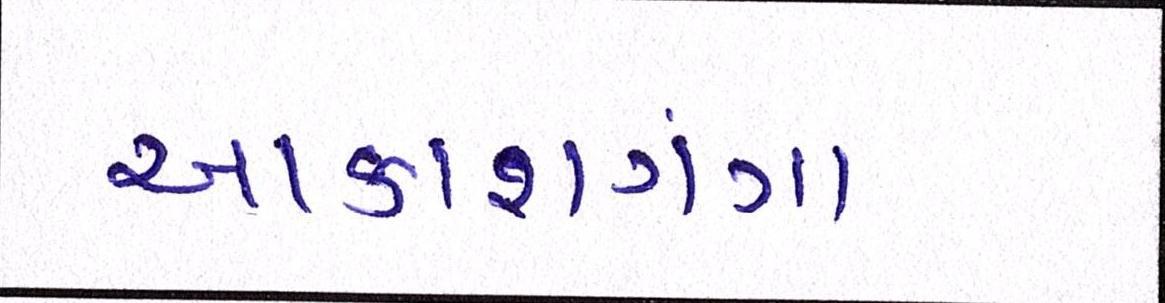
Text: આકાશગંગા